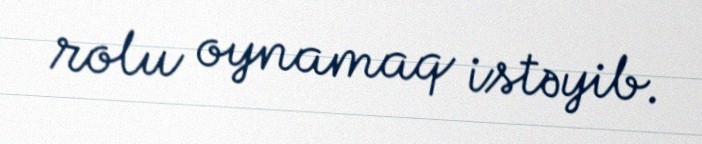
rolu oynamaq istəyib.